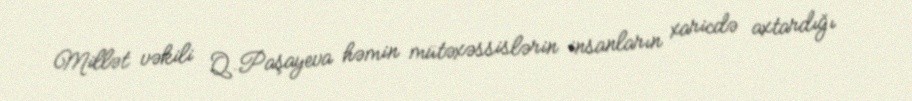
Millət vəkili Q.Paşayeva həmin mütəxəssislərin insanların xaricdə axtardığı